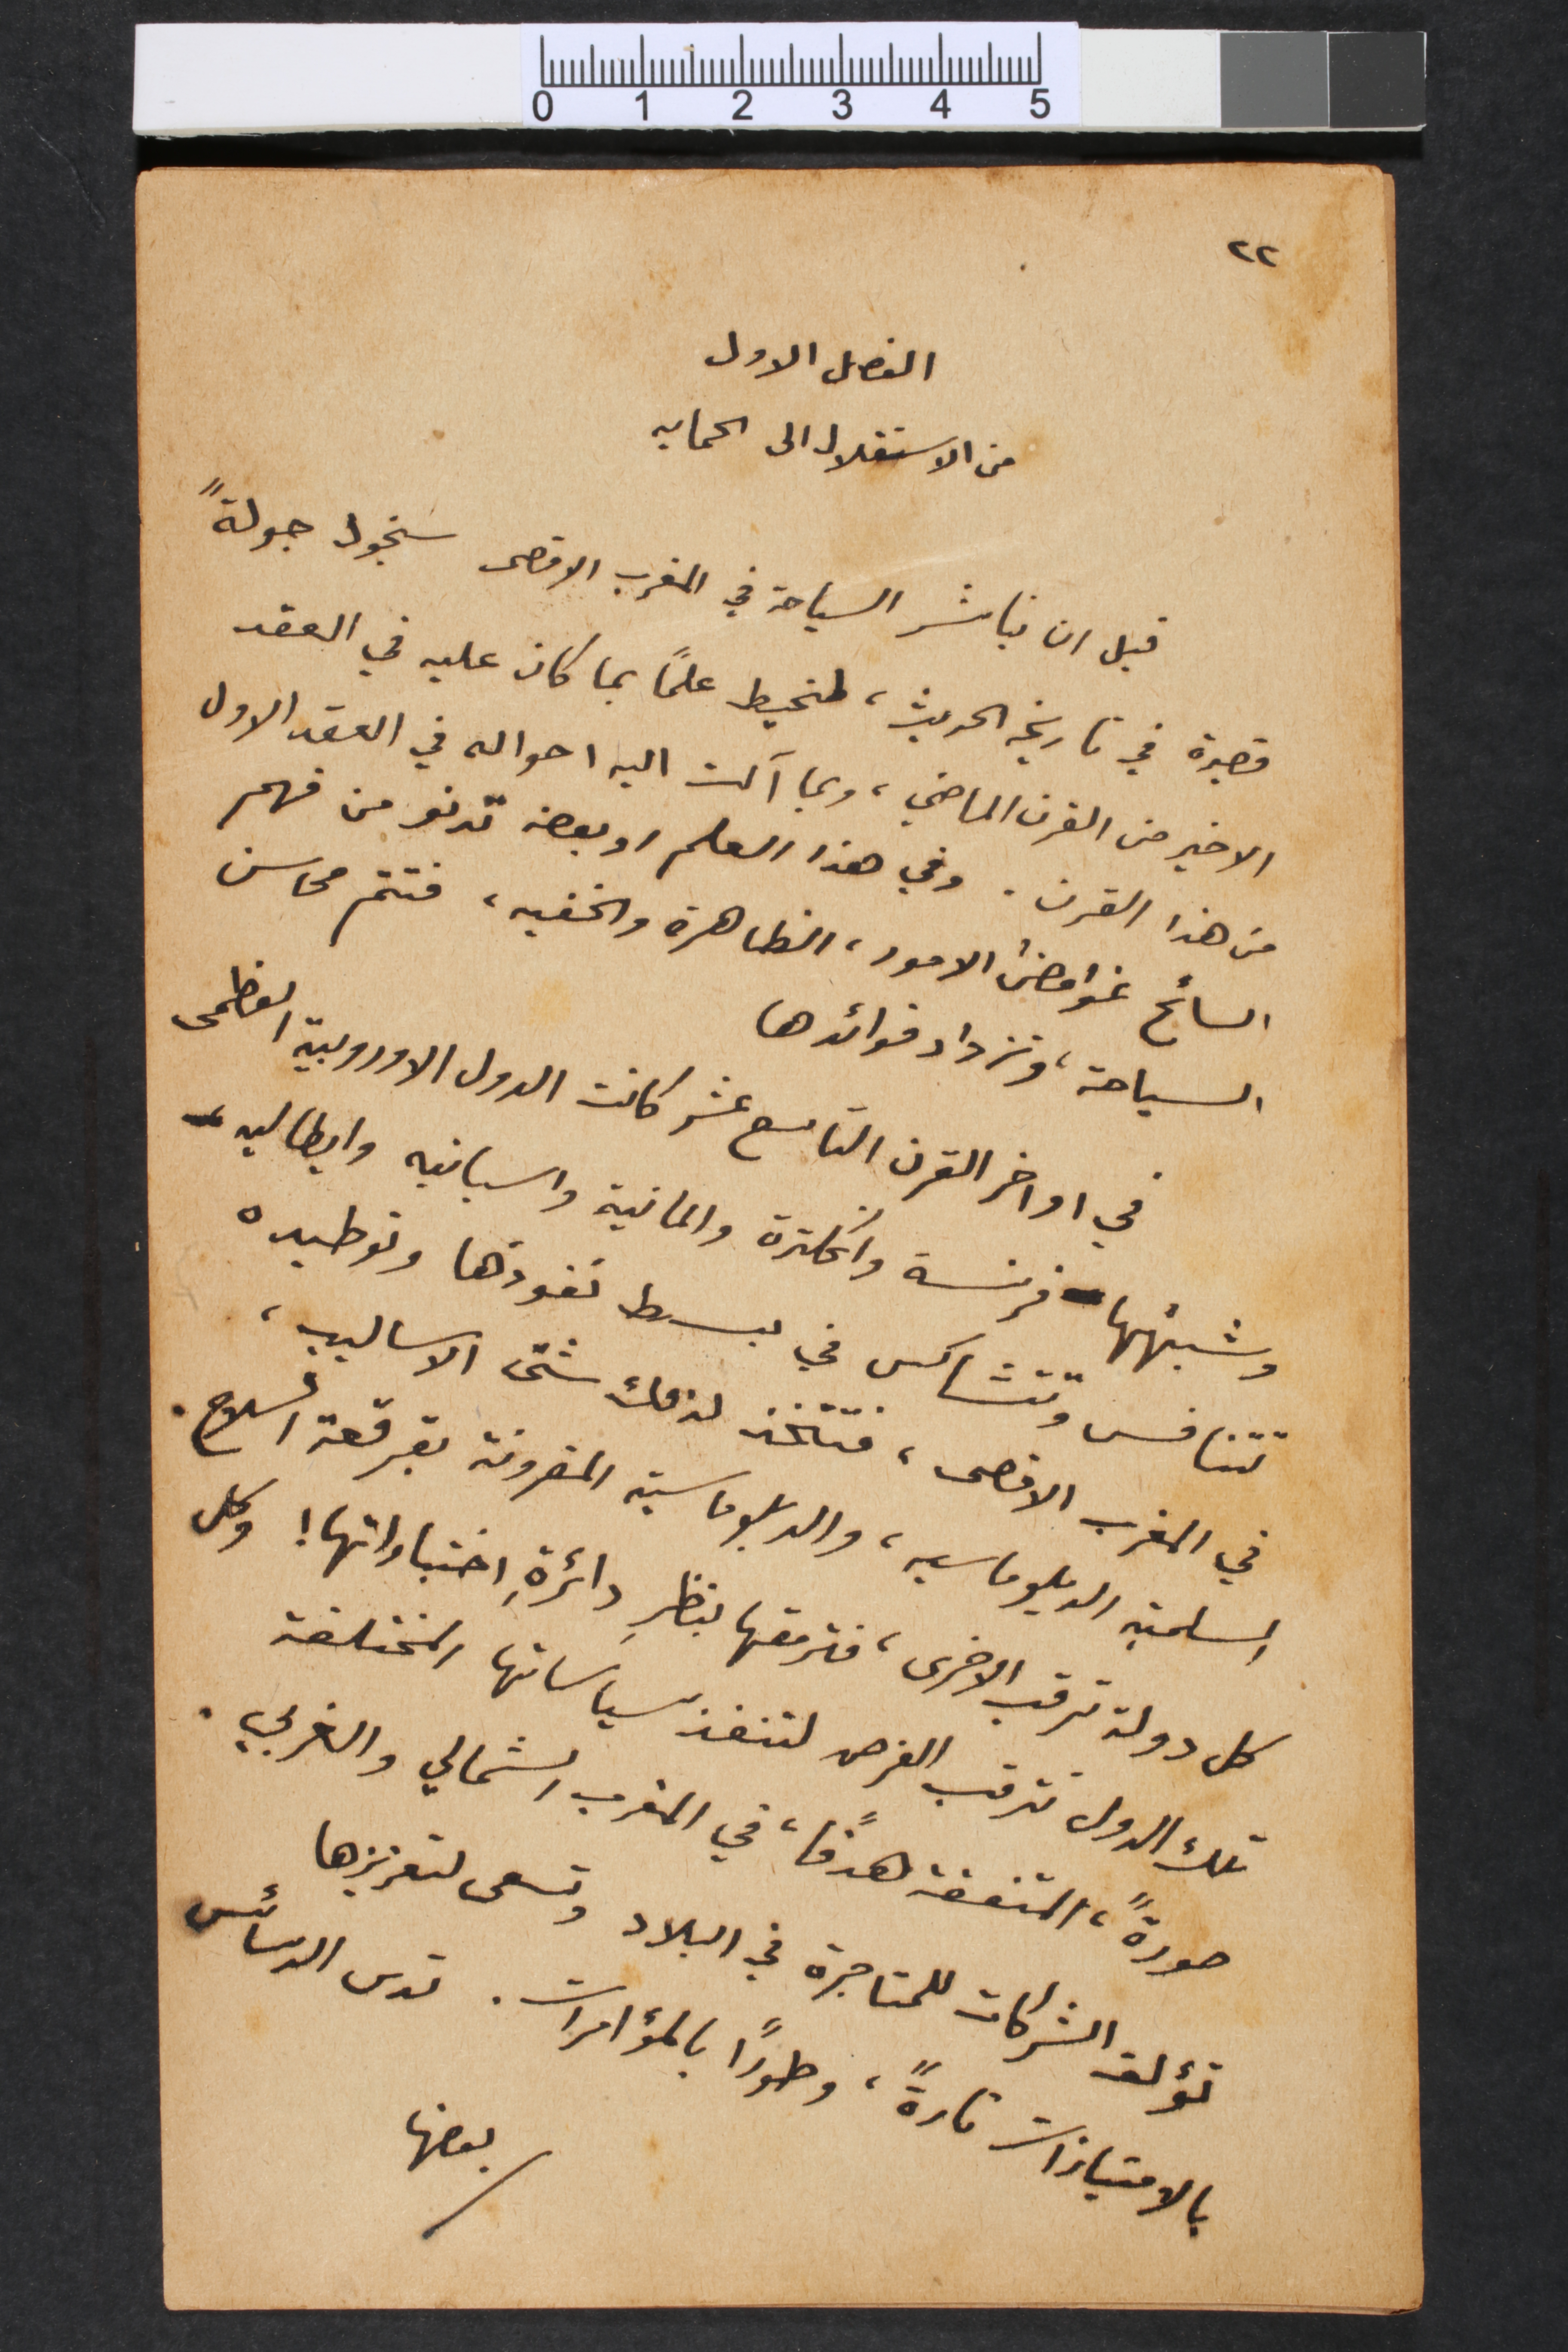
٢٢
الفصل الاول
من الاستقلال الى الحمايه
قبل ان نباشر السياحة في المغرب الاقصى سنجول جولةً
قصيرة في تاريخه الحديث، لنحيط علماً بما كان عليه في العقد
الاخير من القرن الماضي، وبما آلت اليه احواله في العقد الاول
من هذا القرن. وفي هذا العلم او بعضه تدنو من فهم
السائح غوامضُ الامور، الظاهرة والخفيه،  فتتم محاسن
السياحة، وتزداد فوائدها.
في اواخر القرن التاسع عشر كانت الدول الاوروبية العظمى
وشبهُها فرنسة وانكلترة والمانية واسبانيه وايطاليه
تتنافس وتتشاكس في بسط نفوذها وتوطيده
في المغرب الاقصى، فتتخذ لذلك شتّى الاساليب،
السلمية الدبلوماسيه، والدبلوماسية المقرونة بقرقعة السلاح.
كل دولة ترقب الاخرى، فترمقها بنظرِ دائرةِ اختباراتها! وكل
تلك الدول تترقب الفرص لتنفذ سياساتها المختلفة
صورةً، المتفقة هدفاً، في المغرب الشمالي والغربي.
تؤلف الشركات للمتاجرة في البلاد وتسعى لتعزيزها
بالامتيازات تارةً، وطوراً بالمؤامرات. تدس الدسائس
بعضها